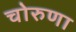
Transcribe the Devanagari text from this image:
चोरुणा